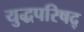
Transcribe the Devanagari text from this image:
युद्धपरिषद्